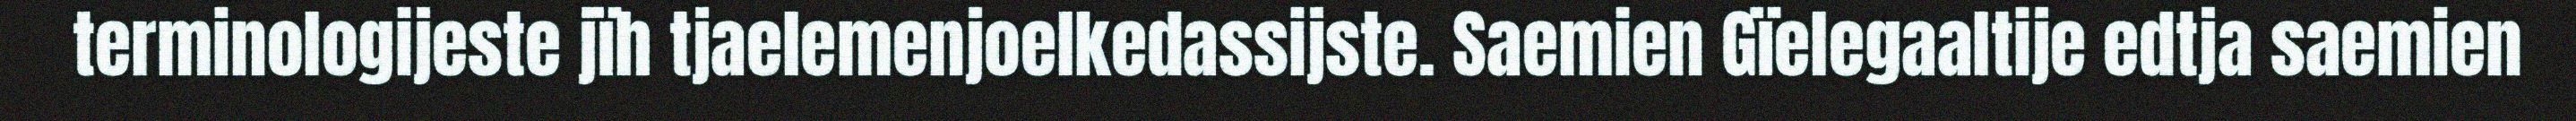
terminologijeste jïh tjaelemenjoelkedassijste. Saemien Gïelegaaltije edtja saemien